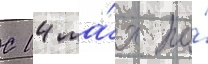
С 14 ма́я по́